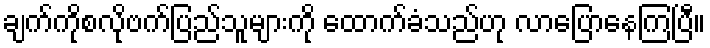
ချက်ကိုစလိုဗက်ပြည်သူများကို ထောက်ခံသည်ဟု လာပြောနေကြပြီ။